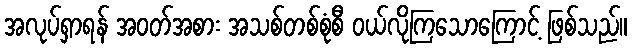
အလုပ်ရှာရန် အဝတ်အစား အသစ်တစ်စုံစီ ဝယ်လိုကြသောကြောင့် ဖြစ်သည်။